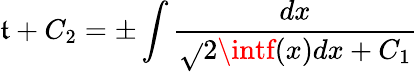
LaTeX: \mathfrak{t}+C_{2}=\pm\int{\frac{{dx}}{{\sqrt{}{{2\intf(x)dx+C_{1}}}}}}